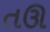
તઊ